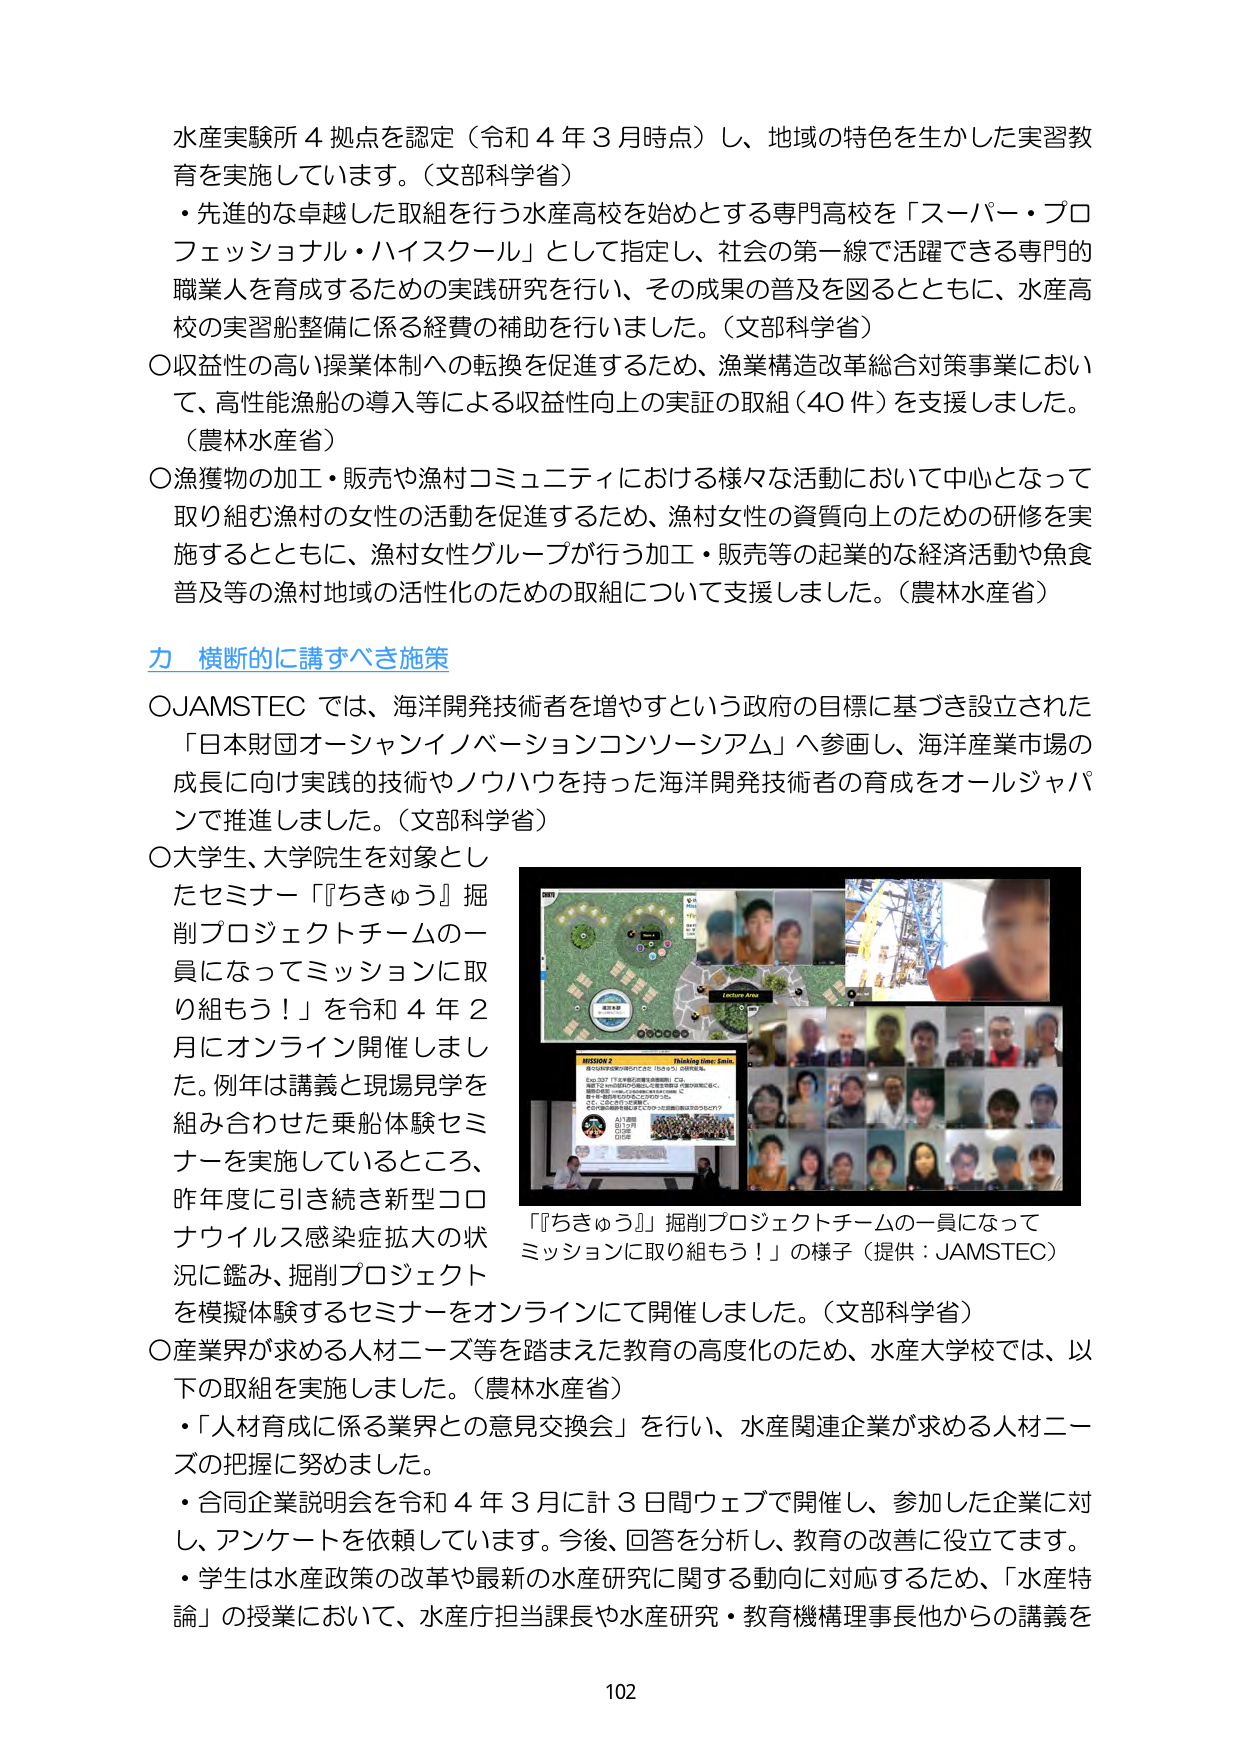
水産実験所４拠点を認定（令和４年３月時点）し、地域の特色を生かした実習教育を実施しています。（文部科学省）
・先進的な卓越した取組を行う水産高校を始めとする専門高校を「スーパー・プロフェッショナル・ハイスクール」として指定し、社会の第一線で活躍できる専門的職業人を育成するための実践研究を行い、その成果の普及を図るとともに、水産高校の実習船整備に係る経費の補助を行いました。（文部科学省）
〇収益性の高い操業体制への転換を促進するため、漁業構造改革総合対策事業において、高性能漁船の導入等による収益性向上の実証の取組（40件）を支援しました。（農林水産省）
〇漁獲物の加工・販売や漁村コミュニティにおける様々な活動において中心となって取り組む漁村の女性の活動を促進するため、漁村女性の資質向上のための研修を実施するとともに、漁村女性グループが行う加工・販売等の起業的な経済活動や魚食普及等の漁村地域の活性化のための取組について支援しました。（農林水産省）

**力 横断的に講ずべき施策**
〇JAMSTECでは、海洋開発技術者を増やすという政府の目標に基づき設立された「日本財団オーシャンイノベーションコンソシアム」へ参画し、海洋産業市場の成長に向け実践的技術やノウハウを持った海洋開発技術者の育成をオールジャパンで推進しました。（文部科学省）
〇大学生、大学院生を対象としたセミナー「『ちきゅう』掘削プロジェクトチームの一員になってミッションに取り組もう！」を令和４年２月にオンライン開催しました。例年は講義と現場見学を組み合わせた乗船体験セミナーを実施しているところ、昨年度に引き続き新型コロナウイルス感染症拡大の状況に鑑み、掘削プロジェクトを模擬体験するセミナーをオンラインにて開催しました。（文部科学省）
「『ちきゅう』掘削プロジェクトチームの一員になってミッションに取り組もう！」の様子（提供：JAMSTEC）
〇産業界が求める人材ニーズ等を踏まえた教育の高度化のため、水産大学校では、以下の取組を実施しました。（農林水産省）
・「人材育成に係る業界との意見交換会」を行い、水産関連企業が求める人材ニーズの把握に努めました。
・合同企業説明会を令和４年３月に計３日間ウェブで開催し、参加した企業に対し、アンケートを依頼しています。今後、回答を分析し、教育の改善に役立てます。
・学生は水産政策の改革や最新の水産研究に関する動向に対応するため、「水産特論」の授業において、水産庁担当課長や水産研究・教育機構理事長他からの講義を

102